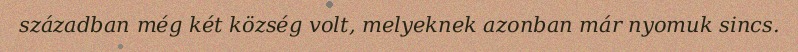
században még két község volt, melyeknek azonban már nyomuk sincs.